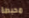
محبطة